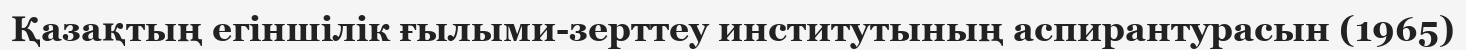
Қазақтың егіншілік ғылыми-зерттеу институтының аспирантурасын (1965)